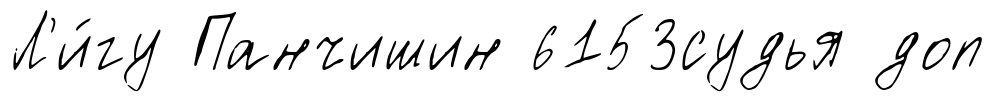
Л'и́гу Панчишин 6153судья доп